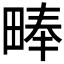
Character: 𪽙